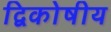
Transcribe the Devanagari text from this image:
द्विकोषीय